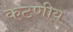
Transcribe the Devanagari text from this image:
कटणीय